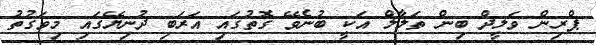
ޕްރިން ވަލީދް ބިން ތަލާލް އަކީ ބުނެވޭ ގޮތުގައި އަރަބި ދުނިޔޭގައި މިވަގުތު